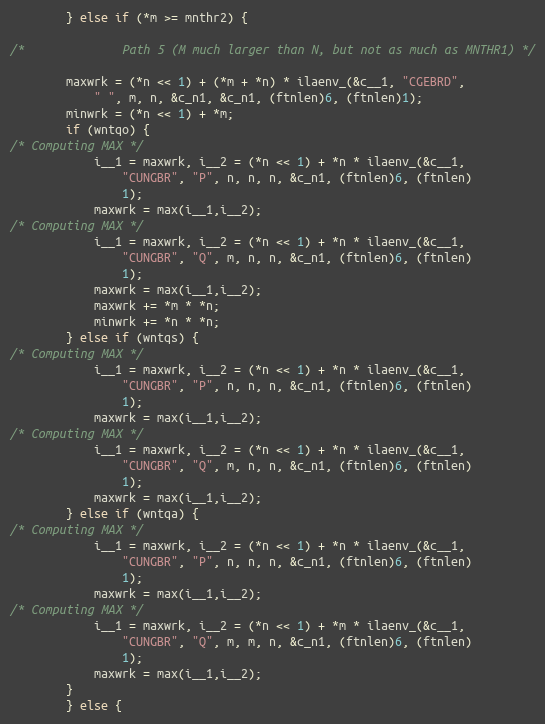
Language: C
	    } else if (*m >= mnthr2) {

/*              Path 5 (M much larger than N, but not as much as MNTHR1) */

		maxwrk = (*n << 1) + (*m + *n) * ilaenv_(&c__1, "CGEBRD",
			" ", m, n, &c_n1, &c_n1, (ftnlen)6, (ftnlen)1);
		minwrk = (*n << 1) + *m;
		if (wntqo) {
/* Computing MAX */
		    i__1 = maxwrk, i__2 = (*n << 1) + *n * ilaenv_(&c__1,
			    "CUNGBR", "P", n, n, n, &c_n1, (ftnlen)6, (ftnlen)
			    1);
		    maxwrk = max(i__1,i__2);
/* Computing MAX */
		    i__1 = maxwrk, i__2 = (*n << 1) + *n * ilaenv_(&c__1,
			    "CUNGBR", "Q", m, n, n, &c_n1, (ftnlen)6, (ftnlen)
			    1);
		    maxwrk = max(i__1,i__2);
		    maxwrk += *m * *n;
		    minwrk += *n * *n;
		} else if (wntqs) {
/* Computing MAX */
		    i__1 = maxwrk, i__2 = (*n << 1) + *n * ilaenv_(&c__1,
			    "CUNGBR", "P", n, n, n, &c_n1, (ftnlen)6, (ftnlen)
			    1);
		    maxwrk = max(i__1,i__2);
/* Computing MAX */
		    i__1 = maxwrk, i__2 = (*n << 1) + *n * ilaenv_(&c__1,
			    "CUNGBR", "Q", m, n, n, &c_n1, (ftnlen)6, (ftnlen)
			    1);
		    maxwrk = max(i__1,i__2);
		} else if (wntqa) {
/* Computing MAX */
		    i__1 = maxwrk, i__2 = (*n << 1) + *n * ilaenv_(&c__1,
			    "CUNGBR", "P", n, n, n, &c_n1, (ftnlen)6, (ftnlen)
			    1);
		    maxwrk = max(i__1,i__2);
/* Computing MAX */
		    i__1 = maxwrk, i__2 = (*n << 1) + *m * ilaenv_(&c__1,
			    "CUNGBR", "Q", m, m, n, &c_n1, (ftnlen)6, (ftnlen)
			    1);
		    maxwrk = max(i__1,i__2);
		}
	    } else {